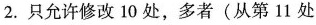
2.只允许修改 10 处,多者(从第11处